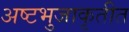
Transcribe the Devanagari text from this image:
अष्टभुजाकृतीत